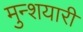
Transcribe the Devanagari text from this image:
मुन्शयारी